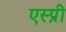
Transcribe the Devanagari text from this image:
एस्प्री